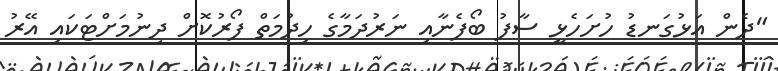
"ދެން އަޅުގަނޑު ހުށަހެޅީ ސާފު ބޯފެނާއި ނަރުދަމާގެ ހިދުމަތް ފޯރުކޮށް ދިނުމަށްޓަކައި އޭރު